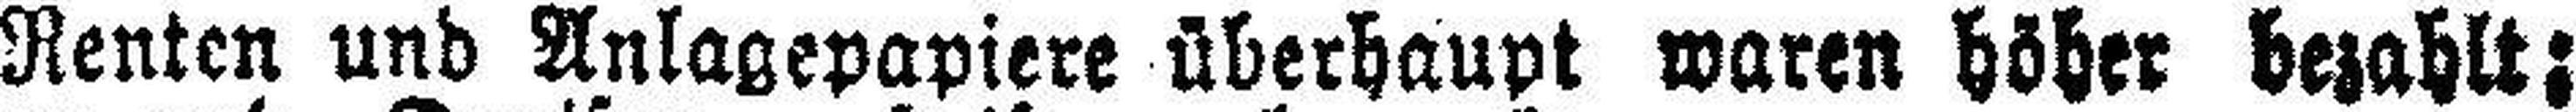
Renten und Anlagepapiere überhaupt waren höher bezahlt: